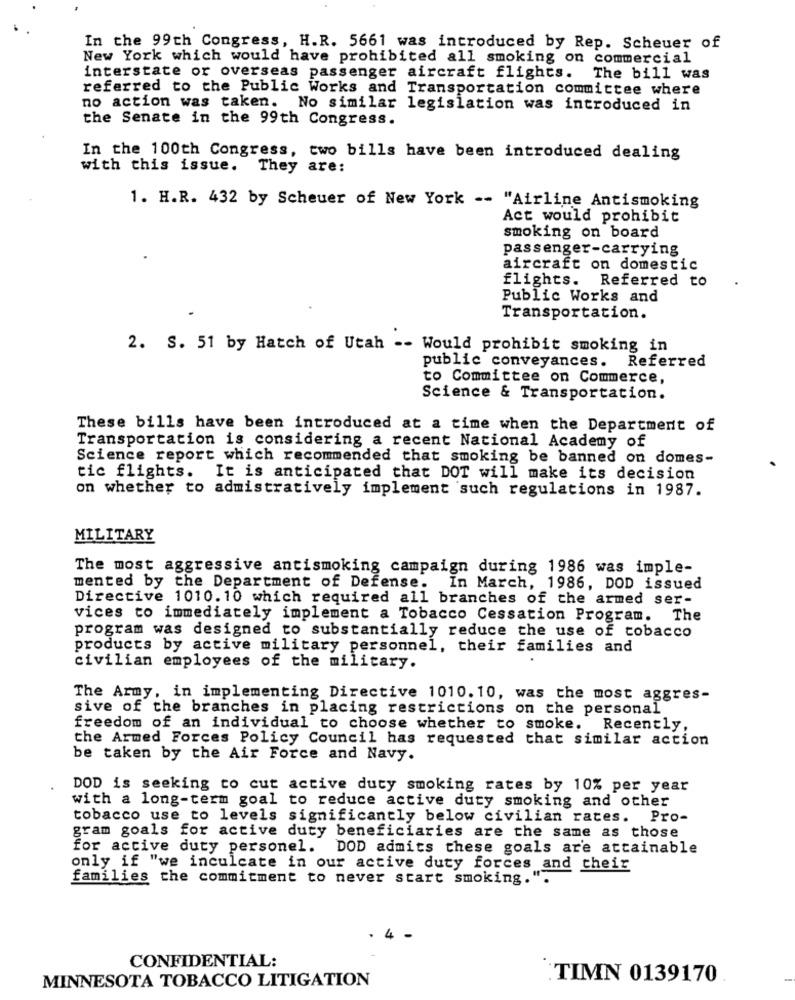
In the 99th Congress, H.R. 5661 was introduced by Rep. Scheuer of
New York which would have prohibited all smoking on commercial
interstate or overseas passenger aircraft flights. The bill was
referred to the Public Works and Transportation committee where
no action was taken. No similar legislation was introduced in
the Senate in the 99th Congress.
In the 100th Congress, two bills have been introduced dealing
with this issue.
They are:
1. H.R. 432 by Scheuer of New York -- "Airline Antismoking
Act would prohibit
smoking on board
passenger-carrying
aircraft on domestic
flights. Referred to
Public Works and
Transportation.
2. S. 51 by Hatch of Utah -- Would prohibit smoking in
public conveyances. Referred
to Committee on Commerce,
Science & Transportation.
These bills have been introduced at a time when the Department of
Transportation is considering a recent National Academy of
Science report which recommended that smoking be banned on domes-
tic flights. It is anticipated that DOT will make its decision
on whether to admistratively implement such regulations in 1987.
MILITARY
The most aggressive antismoking campaign during 1986 was imple-
mented by the Department of Defense. In March, 1986, DOD issued
Directive 1010.10 which required all branches of the armed ser-
vices to immediately implement a Tobacco Cessation Program. The
program was designed to substantially reduce the use of tobacco
products by active military personnel, their families and
civilian employees of the military.
The Army, in implementing Directive 1010. 10, was the most aggres-
sive of the branches in placing restrictions on the personal
freedom of an individual to choose whether to smoke. Recently,
the Armed Forces Policy Council has requested that similar action
be taken by the Air Force and Navy.
DOD is seeking to cut active duty smoking rates by 10% per year
with a long-term goal to reduce active duty smoking and other
tobacco use to levels significantly below civilian rates. Pro-
gram goals for active duty beneficiaries are the same as those
for active duty personel. DOD admits these goals are attainable
only if "we inculcate in our active duty forces and their
families the commitment to never start smoking.".
. 4 -
CONFIDENTIAL:
MINNESOTA TOBACCO LITIGATION
TIMN 0139170